Lunatic asylums Madras 1892-1911 - 1892-1911
Year: 1892
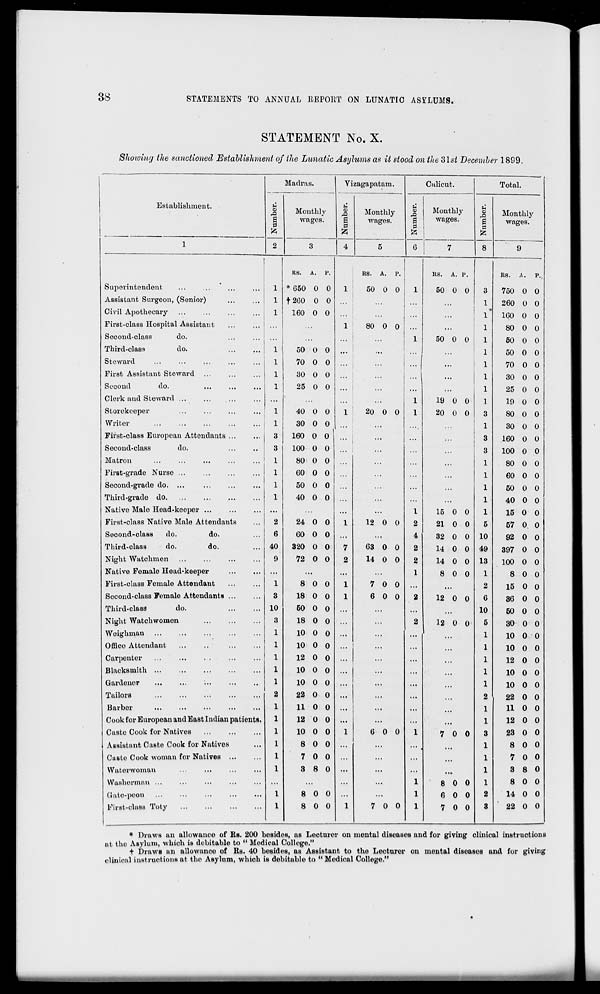
38
STATEMENTS TO ANNUAL REPORT ON LUNATIC ASSTLUMS.
STATEMENT No. X.
Showing the sanctioned Establishment of the Lunatic Asylums as it stood on the 3lst December 1899.
Establishment.
Madras.
Ti zagapatam.
Calicut.
Total.
C
o
a
0
ft
2
Monthly
wages.
|
0
ft
Monthly
wages.
a
0
Monthly
wages.
ti
a
0
Monthly
wages.
1
3
4
5
6
7
8
9
RS. A.
P.
RS. A.
P.
RS. A. p.
RS. A.
P.
Superintendent
...
...
...
...
1 * 650 0 0
1
50 0 0
1
50 0 0
3
750 0 0
Assistant Surgeon, (Senior)
...
...
1 12G0 0 0
1
260 0 0
Civil Apothecary ...
...
...
,.,
1
160 0 0
...
1* 160 0 0
First-class Hospital Assistant
...
... ...
1
80 0 0
1
80 0 0
Second-class
do.
...
... ...
...
1
50 0 0
1
60 0 0
Third-class
do.
1
50 0 0 ...
...
1
50 0 0
Steward
1
70 0 0
...
1
70 0 0
First Assistant Steward
1
30 0 O
1
30 0 0
Second
do.
1
25 0 0
...
1
25 0 0
Clerk and Steward
...
...
...
1
19 0 0
1
19 0 0
Storekeeper
1
40 0 0
1
20 0 0
1
20 0 0
3
80 0 0
Writer
1
30 0 0 ...
...
1
30 0 0
First-class European Attendants ...
3
160 0 0 ...
...
3
160 0 0
Second-class
do.
3
100 0 0
...
3
100 0 0
Matron
1
80 0 0
...
1
80 0 0
First-grade Nurse ...
1
60 0 0
1
60 0 0
Second-grade do. ...
1
50 0 0
1
50 0 0
Third-grade do
1
40 0 0 ...
...
1
40 0 0
Native Male Head-keeper
...
...
...
1
15 0 0
1
15 0 0
First-class Native Male Attendants
2
24 0 0
1
12 0 0
2
21 0 0
5
57 0. 0
Second-class
do.
do.
6
60 0 0 ...
...
4
32 0 0 10
92 0 0
Third-class
do.
do.
40
320 0 0
7
63 0 0
2
14 0 0 49
397 0 0
Night Watchmen
9
72 0 O
2
14 0 0
2
14 0 0 13
100 0 0
Native Fomalo Head-keeper
...
...
...
1
8 0 0
1
8 0 0
First-class Female Attendant
1
8 0 0
1
7 0 0
2
15 0 0
Second-class Female Attendants
3
18 0 0
1
6 0 0
2
12 0 0
6
36 0 0
Third-class
do.
10
50 0 0 ...
...
10
50 0 0
Night Watchvvomon
3
18 0 0 ...
2
12 0 0
5
30 0 0
Woighman
10 0 0 ...
...
...
10 0 0
Offico Attendant
10 0 0
...
10 0 0
Carpenter
12 0 0 ...
...
12 0 0
Blacksmith ...
...
10 0 0 ...
...
...
10 0 0
Gardener
10 0 0 ...
...
...
10 0 0
Tailors
22 0 0 ...
...
...
22 0 0
Barber
11 0 0 ...
...
...
...
11 0 0
Cook for European and East Indian patients.
12 0 0 ...
...
...
12 0 0
Caste Cook for Natives
10 0 0
1
6 0 0
1
7 0 0
23 0 0
Assistant Caste Cook for Natives
8 0 0 ...
...
in
...
8 0 0
Casio Cook woman for Natives
7 0 0 ...
...
...
7 0 0
Watorwoman
3 8 0 ...
...
...
....
3 8 0
Washerman ...
...
...
...
...
1
8 0 0
8 0 0
(■Jato-peon
8 0 0 ...
1
6 0 0
2
14 0 0
First-class Toty
8 0 0
1
7 0 0
1
7 0 0
3
22 0 0
* Draws an allowance of Rs. 200 besides, as Leoturer on mental diseases and for giving clinical instructions
nt the Asylum, which is debitable to " Medical College."
+ Draws an allowance of Rs. 40 besides, as Assistant to the Lecturer on mental diseases and for giving
clinical instructions at the Asylum, which is debitable to " Medical College."